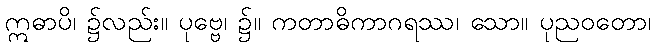
ဣဓာပိ၊ ၌လည်း။ ပုဗ္ဗေ၊ ၌။ ကတာဓိကာဂရဿ၊ သော။ ပုညဝတော၊